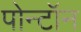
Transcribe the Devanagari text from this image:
पोन्टॉन